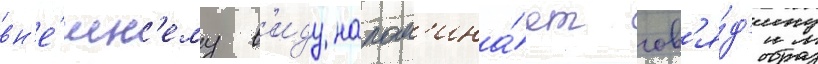
вн'е́шн'ему в'иду напом'ина́ет гов'я́д'ину